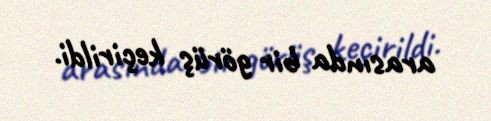
arasında bir görüş keçirildi.